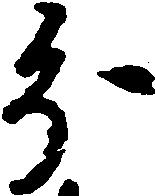
分